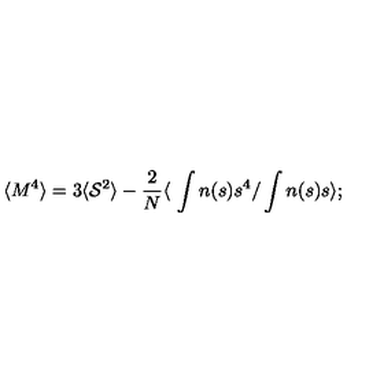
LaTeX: \langle M ^ { 4 } \rangle = 3 \langle { \cal { S } } ^ { 2 } \rangle - { \frac { 2 } { N } } \langle \ \int n ( s ) s ^ { 4 } / \int n ( s ) s \rangle ;